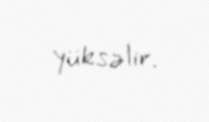
yüksəlir.